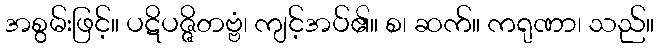
အစွမ်းဖြင့်။ ပဋိပဇ္ဇိတဗ္ဗံ၊ ကျင့်အပ်၏။ စ၊ ဆက်။ ကရုဏာ၊ သည်။